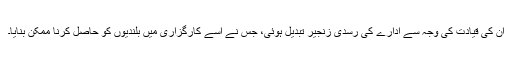
ان کی قیادت کی وجہ سے ادارے کی رسدی زنجیر تبدیل ہوئی، جس نے اسے کارگزاری میں بلندیوں کو حاصل کرنا ممکن بنایا۔